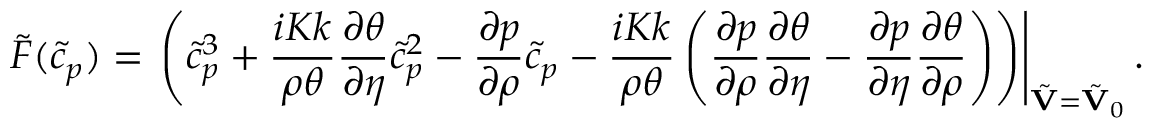
\tilde { F } ( \tilde { c } _ { p } ) = \left. \left( \tilde { c } _ { p } ^ { 3 } + \frac { i K k } { \rho \theta } \frac { \partial \theta } { \partial \eta } \tilde { c } _ { p } ^ { 2 } - \frac { \partial p } { \partial \rho } \tilde { c } _ { p } - \frac { i K k } { \rho \theta } \left( \frac { \partial p } { \partial \rho } \frac { \partial \theta } { \partial \eta } - \frac { \partial p } { \partial \eta } \frac { \partial \theta } { \partial \rho } \right) \right) \right\vert _ { \tilde { \mathbf { V } } = \tilde { \mathbf { V } } _ { 0 } } .